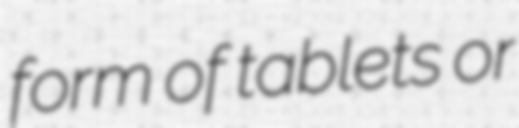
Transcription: form of tablets or